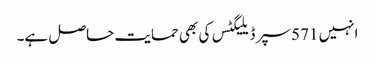
انہیں 571 سپر ڈیلیگٹس کی بھی حمایت حاصل ہے۔